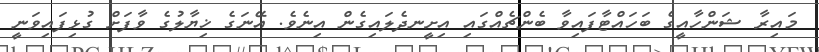
މައިރާ ޝަންހާއީގެ ބަހައްޓާފައިވާ ބެންޗެއްގައި އިށީނދެލައިގެން އިނެވެ. އޭނަގެ ޚިޔާލުގެ ވާފަށް ގުޅިފައިވަނީ